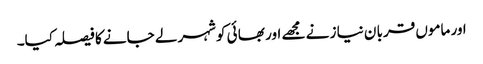
اور ماموں قربا ن نیا ز نے مجھے اور بھا ئی کوشہر لے جانے کا فیصلہ کیا۔